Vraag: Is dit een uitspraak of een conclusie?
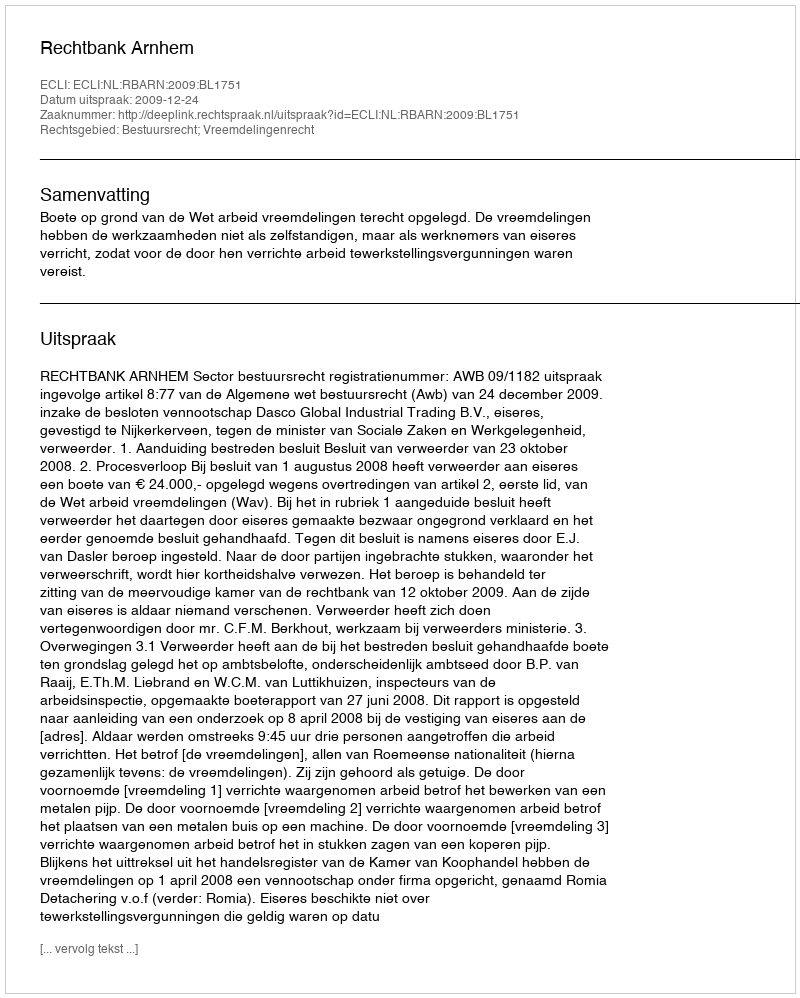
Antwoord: Uitspraak